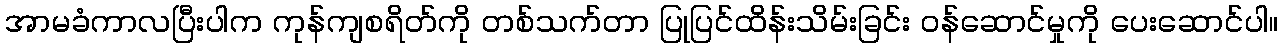
အာမခံကာလပြီးပါက ကုန်ကျစရိတ်ကို တစ်သက်တာ ပြုပြင်ထိန်းသိမ်းခြင်း ဝန်ဆောင်မှုကို ပေးဆောင်ပါ။